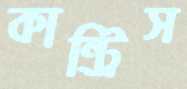
কান্ট্রিস